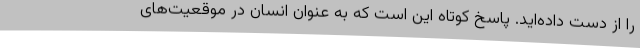
را از دست داده‌اید. پاسخ کوتاه این است که به عنوان انسان در موقعیت‌های